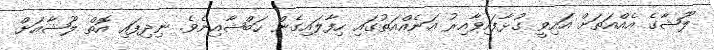
ލޫޝާގެ އެއްއަތަށް އައިވީ ގުޅާފައިވާއިރު އަނެއްއަތުގައި ހިފާލައިގެން ހަބްޝާއިނެވެ. ނިދިފައި އޮތް ލޫޝާއަށް